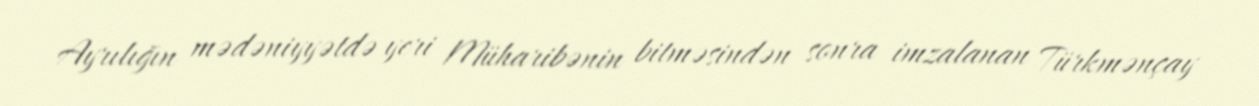
Ayrılığın mədəniyyətdə yeri Müharibənin bitməsindən sonra imzalanan Türkmənçay